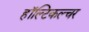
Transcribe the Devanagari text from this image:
हॉल्टिकल्चर